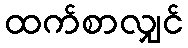
ထက်စာလျှင်